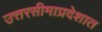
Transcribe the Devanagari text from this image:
उत्तरसीमाप्रदेशात